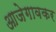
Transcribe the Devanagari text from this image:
आजेगावकर